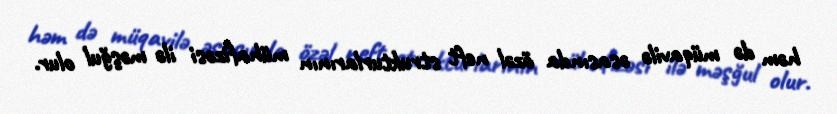
həm də müqavilə əsasında özəl neft strukturlarının mühafizəsi ilə məşğul olur.